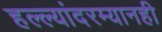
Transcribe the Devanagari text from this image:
हल्ल्यांदरम्यानही